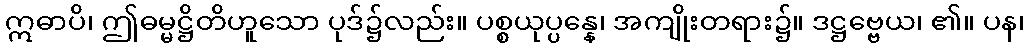
ဣဓာပိ၊ ဤဓမ္မဋ္ဌိတိဟူသော ပုဒ်၌လည်း။ ပစ္စယုပ္ပန္နေ၊ အကျိုးတရား၌။ ဒဋ္ဌဗ္ဗေယ၊ ၏။ ပန၊